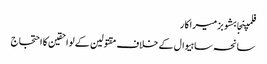
فلمپنجابشوبزمیراکار
سانحہ ساہیوال کے خلاف مقتولین کے لواحقین کا احتجاج